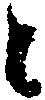
々